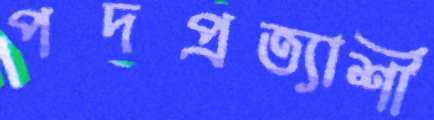
পদপ্রত্যাশী